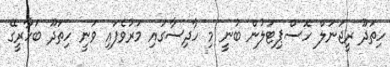
ހިތަދޫ ރީޖަނަލް ހޮސްޕިޓަލުން ބުނީ މި ހާދިސާގައި މަރުވެފައި ވަނީ ހިތަދޫ ބަހާރީގޭ